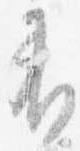
有